Laimjala_vallavalitsus, lk 22
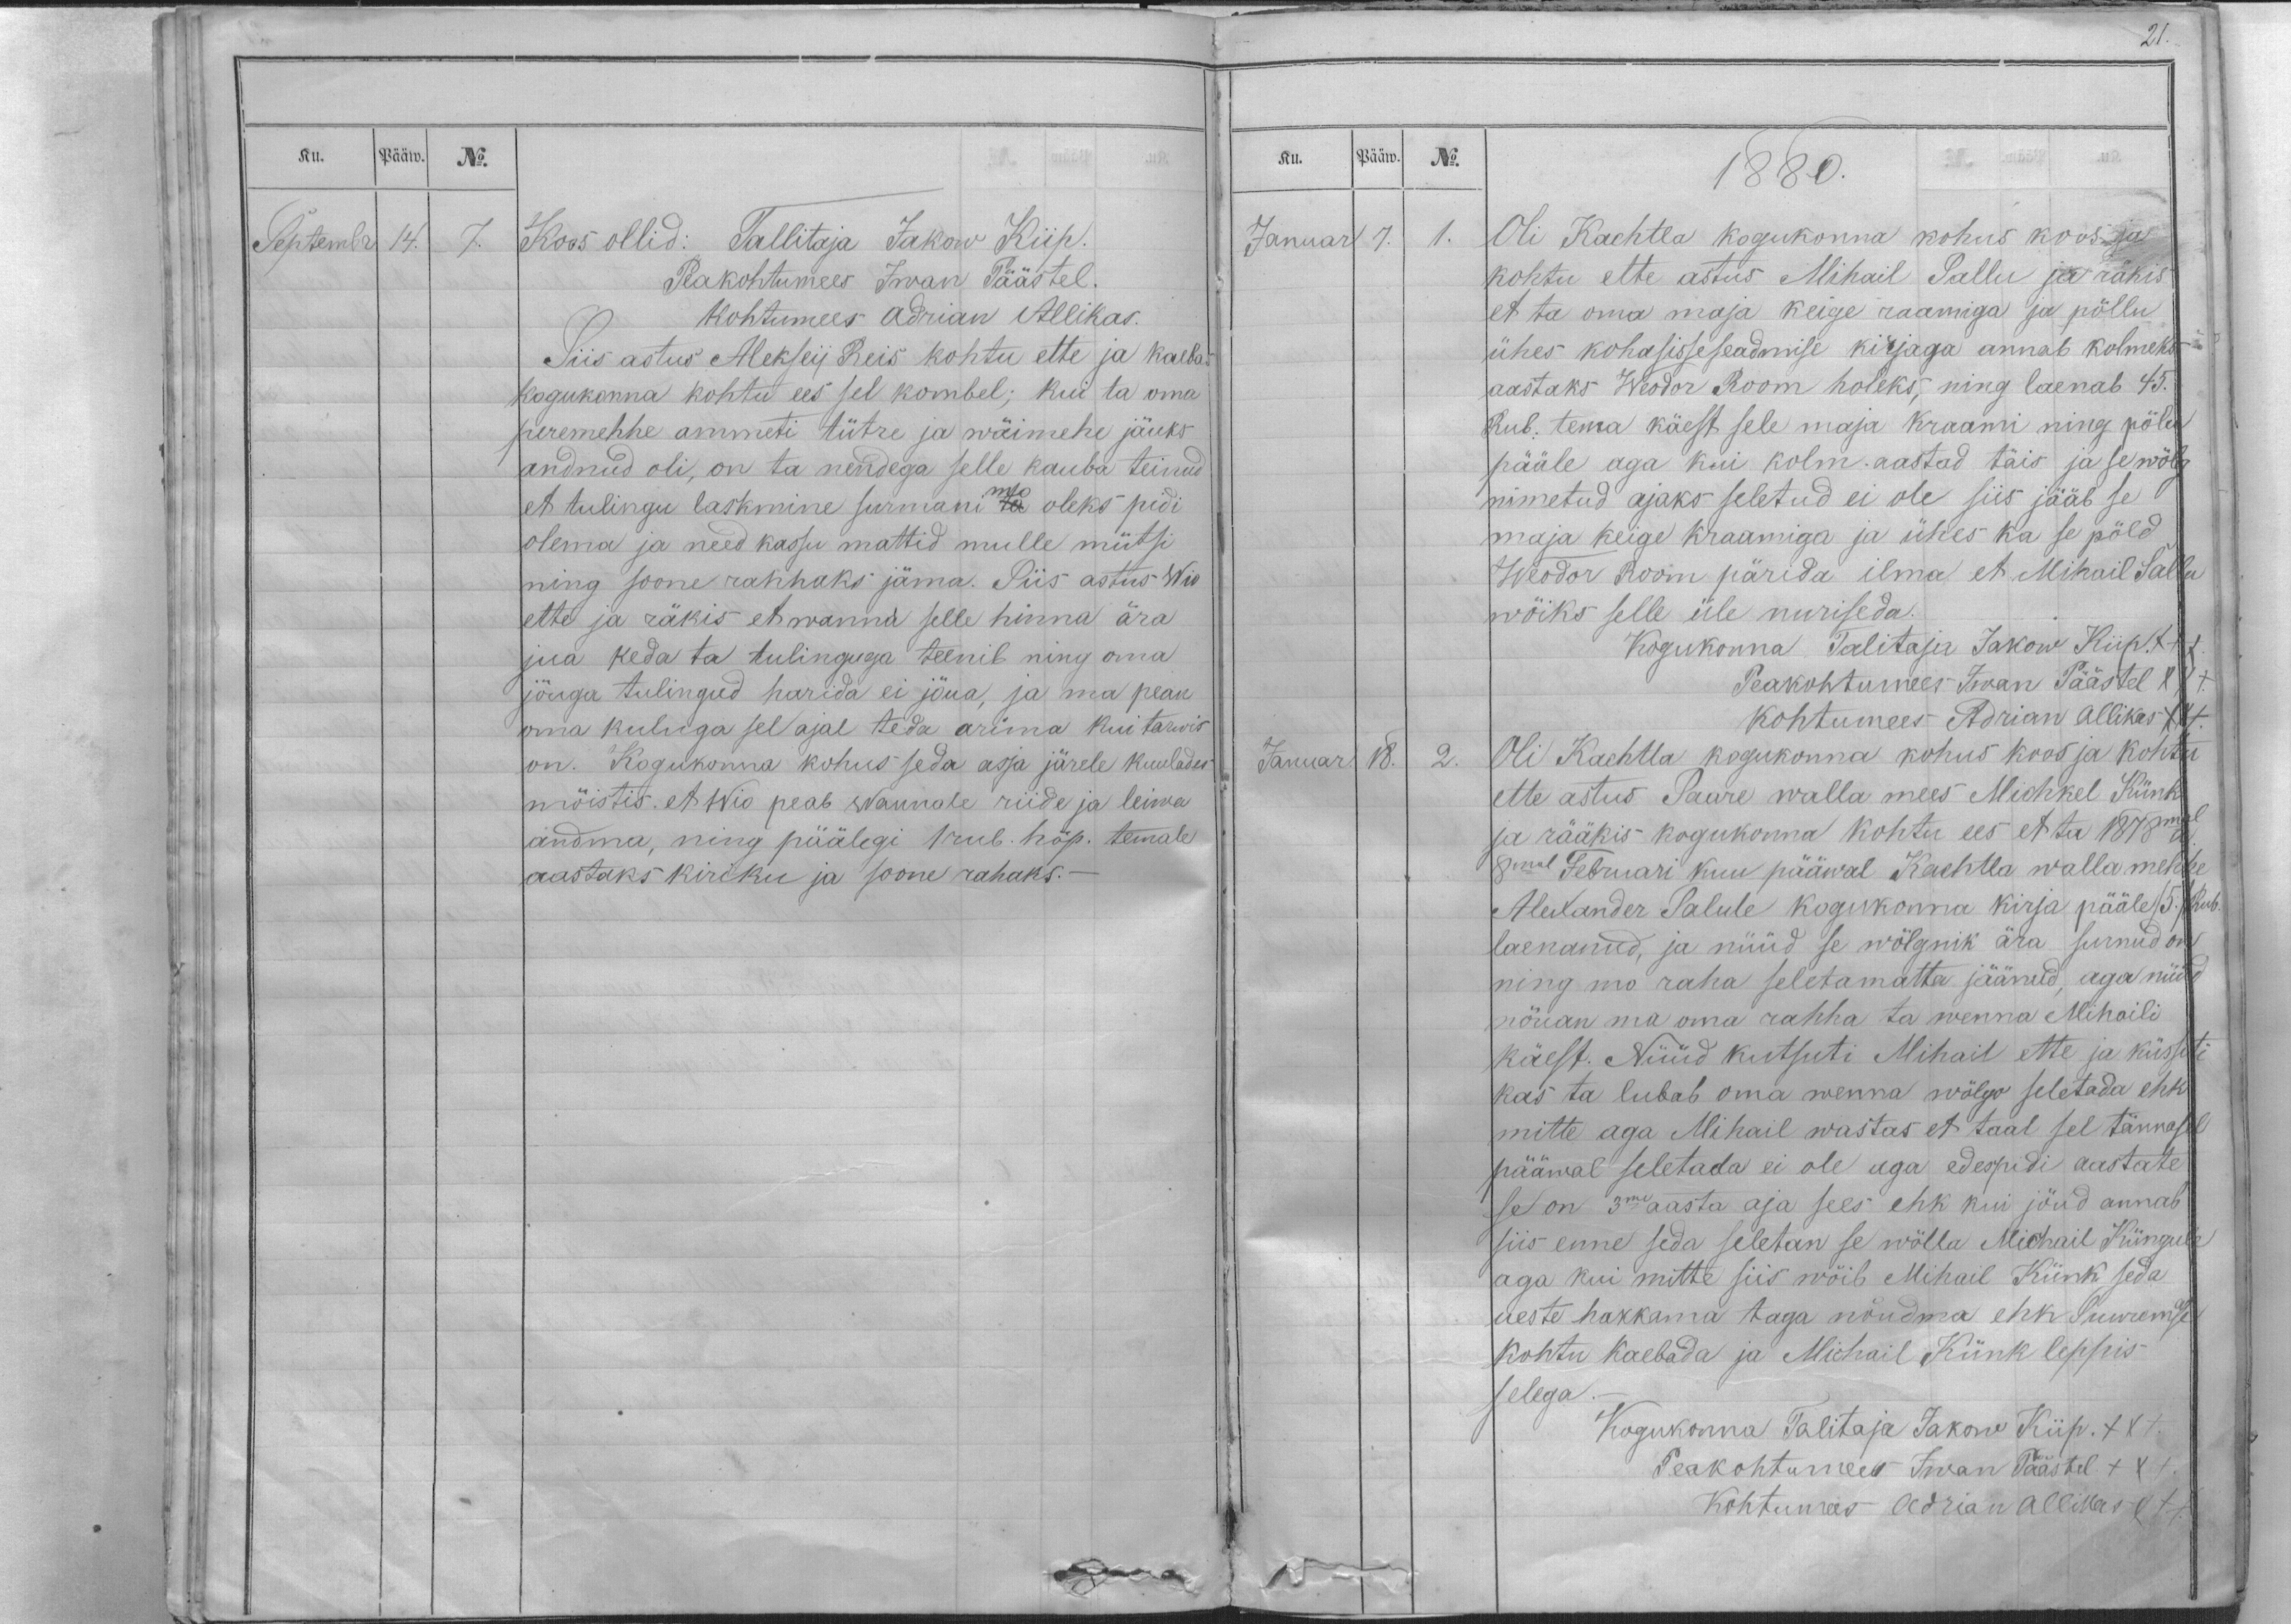
Ku.
Pääw.
No.

Septembr
14.
7.
Koos ollid: Tallitaja Jakow Kiip.
Peakohtumees Iwan Päästel.
kohtumees Adrian Allikas.
Siis astus Alekseij Reis kohtu ette ja kaebas
kogukonna kohtu ees sel kombel; kui ta oma
peremehhe ammeti tütre ja wäimehe jäuks
andnud oli, on ta nendega selle kauba teinud
mo
et tulingu laskmine surmani ta oleks pidi
olema ja need kassu mattid mulle mütsi
ning soone rahhaks jäma. Siis astus Wio
ette ja räkis et wanna selle hinna ära
jua keda ta tulinguga teenib ning oma
jõuga tulingud harida ei jõua, ja ma pean
oma kuluga sel ajal teda arima kui tarwis
on. Kogukonna kohus seda asja järele kuulades
mõistis, et Wio peab wannole riide ja leiwa
andma, ning päälegi 1 rub. hõp. temale
aastaks kiriku ja soone rahaks._

Ku.
Pääw.
No.
1880.
Januar
7.
1.
Oli Kachtla kogukonna kohus koos ja
kohtu ette astus Mihail Sallu ja räkis,
et ta oma maja keige raamiga ja põllu
ühes kohasisseseadmise kirjaga annab kolmeks
aastaks Weodor Room holeks, ning laenab 45.
Rub. tema käest sele maja kraami ning põlu
pääle aga kui kolm. aastad täis ja se wõlg
nimetud ajaks seletud ei ole siis jääb se
maja keige kraamiga ja ühes ka se põld
Weodor Room pärida ilma et Mihail Sallu
wõiks selle üle nuriseda.
Kogukonna Talitaja Jakow Kiip. XXX.
Peakohtumees Iwan Päästel XXX.
Kohtumees Adrian Allikas XXX.
Januar.
18.
2.
Oli Kachtla kogukonna kohus koos ja kohtu
ette astus Saare walla mees Michkel Künk
ja rääkis kogukonna kohtu ees et ta 1878mal a.
8mal Februari kuu pääwal Kachtla walla mehhe
Alexander Salule kogukonna kirja pääle /5:/ Rub.
laenanud, ja nüüd se wõlgnik ära surnud on
ning mo raha seletamatta jäänud, aga nüüd
nõuan ma oma rahha ta wenna Mihaili
käest. Nüüd kutsuti Mihail ette ja küssiti
kas ta lubab oma wenna wõlgo seletada ehk
mitte aga Mihail wastas et taal sel tännasel
pääwal seletada ei ole aga edespidi aastate
se on 3me aasta aja sees ehk kui jõud annab
siis enne seda seletan se wõlla Michail Küngule
aga kui mitte siis wõib Mihail Künk seda
ueste hakkama taga nõudma ehk Suuremse
kohtu kaebada ja Michail Künk leppis
selega.-
Kogukonna Talitaja Jakow Kiip. XXX.
Peakohtumees Iwan Päästel. XXX.
Kohtumees Adrian Allikas XXX.